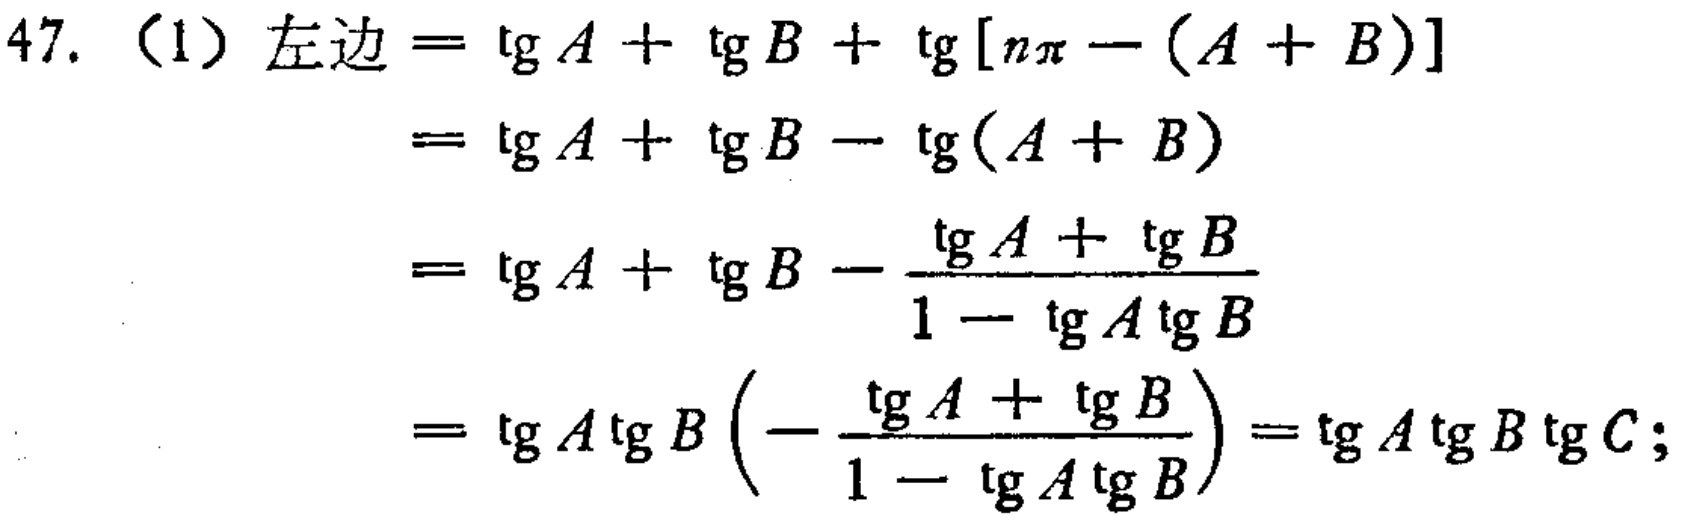
47. （1）左边$=\mathrm{tg}A+\mathrm{tg}B+\mathrm{tg}[n\pi-(A + B)]$
$=\mathrm{tg}A+\mathrm{tg}B-\mathrm{tg}(A + B)$
$=\mathrm{tg}A+\mathrm{tg}B-\frac{\mathrm{tg}A+\mathrm{tg}B}{1 - \mathrm{tg}A\mathrm{tg}B}$
$=\mathrm{tg}A\mathrm{tg}B\left(-\frac{\mathrm{tg}A+\mathrm{tg}B}{1 - \mathrm{tg}A\mathrm{tg}B}\right)=\mathrm{tg}A\mathrm{tg}B\mathrm{tg}C;$